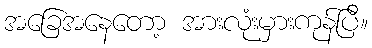
အခြေအနေတော့ အားလုံးမှားကုန်ပြီ။